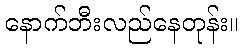
နောက်ဘီးလည်နေတုန်း။